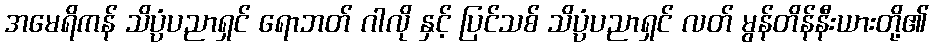
အမေရိကန် သိပ္ပံပညာရှင် ရောဘတ် ဂါလို နှင့် ပြင်သစ် သိပ္ပံပညာရှင် လတ် မွန်တိန်နီးယားတို့၏